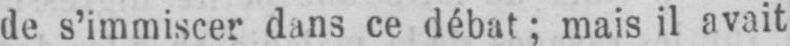
de s’immiscer dans ce débat; mais il avait